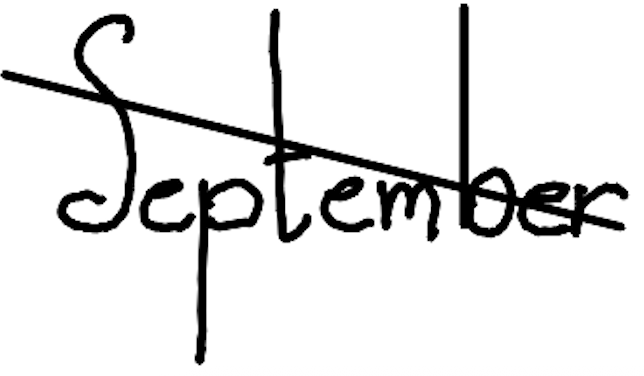
Text: September
Cross-out: diagonal
Writing tool: digital_black